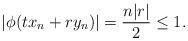
LaTeX: \begin{align*}|\phi(tx_n + ry_n)| = \frac{n|r|}{2} \leq 1.\end{align*}